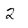
Character: 2